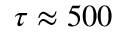
\tau \approx 5 0 0